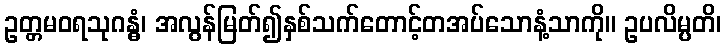
ဥတ္တမဝရသုဂန္ဓံ၊ အလွန်မြတ်၍နှစ်သက်တောင့်တအပ်သောနံ့သာကို။ ဥပလိမ္ပတိ၊